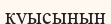
қуысының